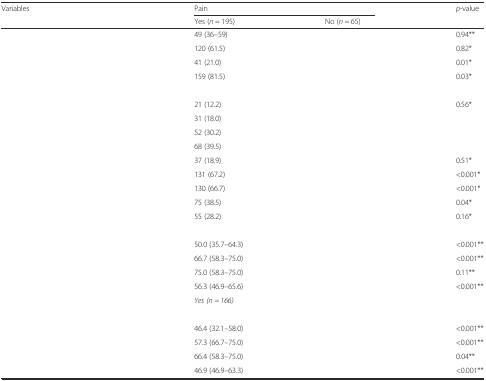
<table><thead><tr><td rowspan="2"><b>Variables</b></td><td colspan="2"><b>Pain</b></td><td rowspan="2"><b><i>p</i>-value</b></td></tr><tr><td><b>Yes (<i>n</i> = 195)</b></td><td><b>No (<i>n</i> = 65)</b></td></tr></thead><tbody><tr><td>[EMPTY_CELL]</td><td>49 (36–59)</td><td>[EMPTY_CELL]</td><td>0.94**</td></tr><tr><td>[EMPTY_CELL]</td><td>120 (61.5)</td><td>[EMPTY_CELL]</td><td>0.82*</td></tr><tr><td>[EMPTY_CELL]</td><td>41 (21.0)</td><td>[EMPTY_CELL]</td><td>0.01*</td></tr><tr><td>[EMPTY_CELL]</td><td>159 (81.5)</td><td>[EMPTY_CELL]</td><td>0.03*</td></tr><tr><td>[EMPTY_CELL]</td><td>[EMPTY_CELL]</td><td>[EMPTY_CELL]</td><td>[EMPTY_CELL]</td></tr><tr><td>[EMPTY_CELL]</td><td>21 (12.2)</td><td>[EMPTY_CELL]</td><td>0.56*</td></tr><tr><td>[EMPTY_CELL]</td><td>31 (18.0)</td><td>[EMPTY_CELL]</td><td>[EMPTY_CELL]</td></tr><tr><td>[EMPTY_CELL]</td><td>52 (30.2)</td><td>[EMPTY_CELL]</td><td>[EMPTY_CELL]</td></tr><tr><td>[EMPTY_CELL]</td><td>68 (39.5)</td><td>[EMPTY_CELL]</td><td>[EMPTY_CELL]</td></tr><tr><td>[EMPTY_CELL]</td><td>37 (18.9)</td><td>[EMPTY_CELL]</td><td>0.51*</td></tr><tr><td>[EMPTY_CELL]</td><td>131 (67.2)</td><td>[EMPTY_CELL]</td><td>&lt;0.001*</td></tr><tr><td>[EMPTY_CELL]</td><td>130 (66.7)</td><td>[EMPTY_CELL]</td><td>&lt;0.001*</td></tr><tr><td>[EMPTY_CELL]</td><td>75 (38.5)</td><td>[EMPTY_CELL]</td><td>0.04*</td></tr><tr><td>[EMPTY_CELL]</td><td>55 (28.2)</td><td>[EMPTY_CELL]</td><td>0.16*</td></tr><tr><td>[EMPTY_CELL]</td><td>[EMPTY_CELL]</td><td>[EMPTY_CELL]</td><td>[EMPTY_CELL]</td></tr><tr><td>[EMPTY_CELL]</td><td>50.0 (35.7–64.3)</td><td>[EMPTY_CELL]</td><td>&lt;0.001**</td></tr><tr><td>[EMPTY_CELL]</td><td>66.7 (58.3–75.0)</td><td>[EMPTY_CELL]</td><td>&lt;0.001**</td></tr><tr><td>[EMPTY_CELL]</td><td>75.0 (58.3–75.0)</td><td>[EMPTY_CELL]</td><td>0.11**</td></tr><tr><td>[EMPTY_CELL]</td><td>56.3 (46.9–65.6)</td><td>[EMPTY_CELL]</td><td>&lt;0.001**</td></tr><tr><td>[EMPTY_CELL]</td><td><i>Yes (n = 166)</i></td><td>[EMPTY_CELL]</td><td>[EMPTY_CELL]</td></tr><tr><td>[EMPTY_CELL]</td><td>[EMPTY_CELL]</td><td>[EMPTY_CELL]</td><td>[EMPTY_CELL]</td></tr><tr><td>[EMPTY_CELL]</td><td>46.4 (32.1–58.0)</td><td>[EMPTY_CELL]</td><td>&lt;0.001**</td></tr><tr><td>[EMPTY_CELL]</td><td>57.3 (66.7–75.0)</td><td>[EMPTY_CELL]</td><td>&lt;0.001**</td></tr><tr><td>[EMPTY_CELL]</td><td>66.4 (58.3–75.0)</td><td>[EMPTY_CELL]</td><td>0.04**</td></tr><tr><td>[EMPTY_CELL]</td><td>46.9 (46.9–63.3)</td><td>[EMPTY_CELL]</td><td>&lt;0.001**</td></tr></tbody></table>